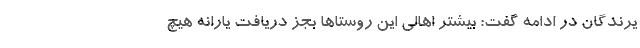
یرندگان در ادامه گفت: بیشتر اهالی این روستاها بجز دریافت یارانه هیچ